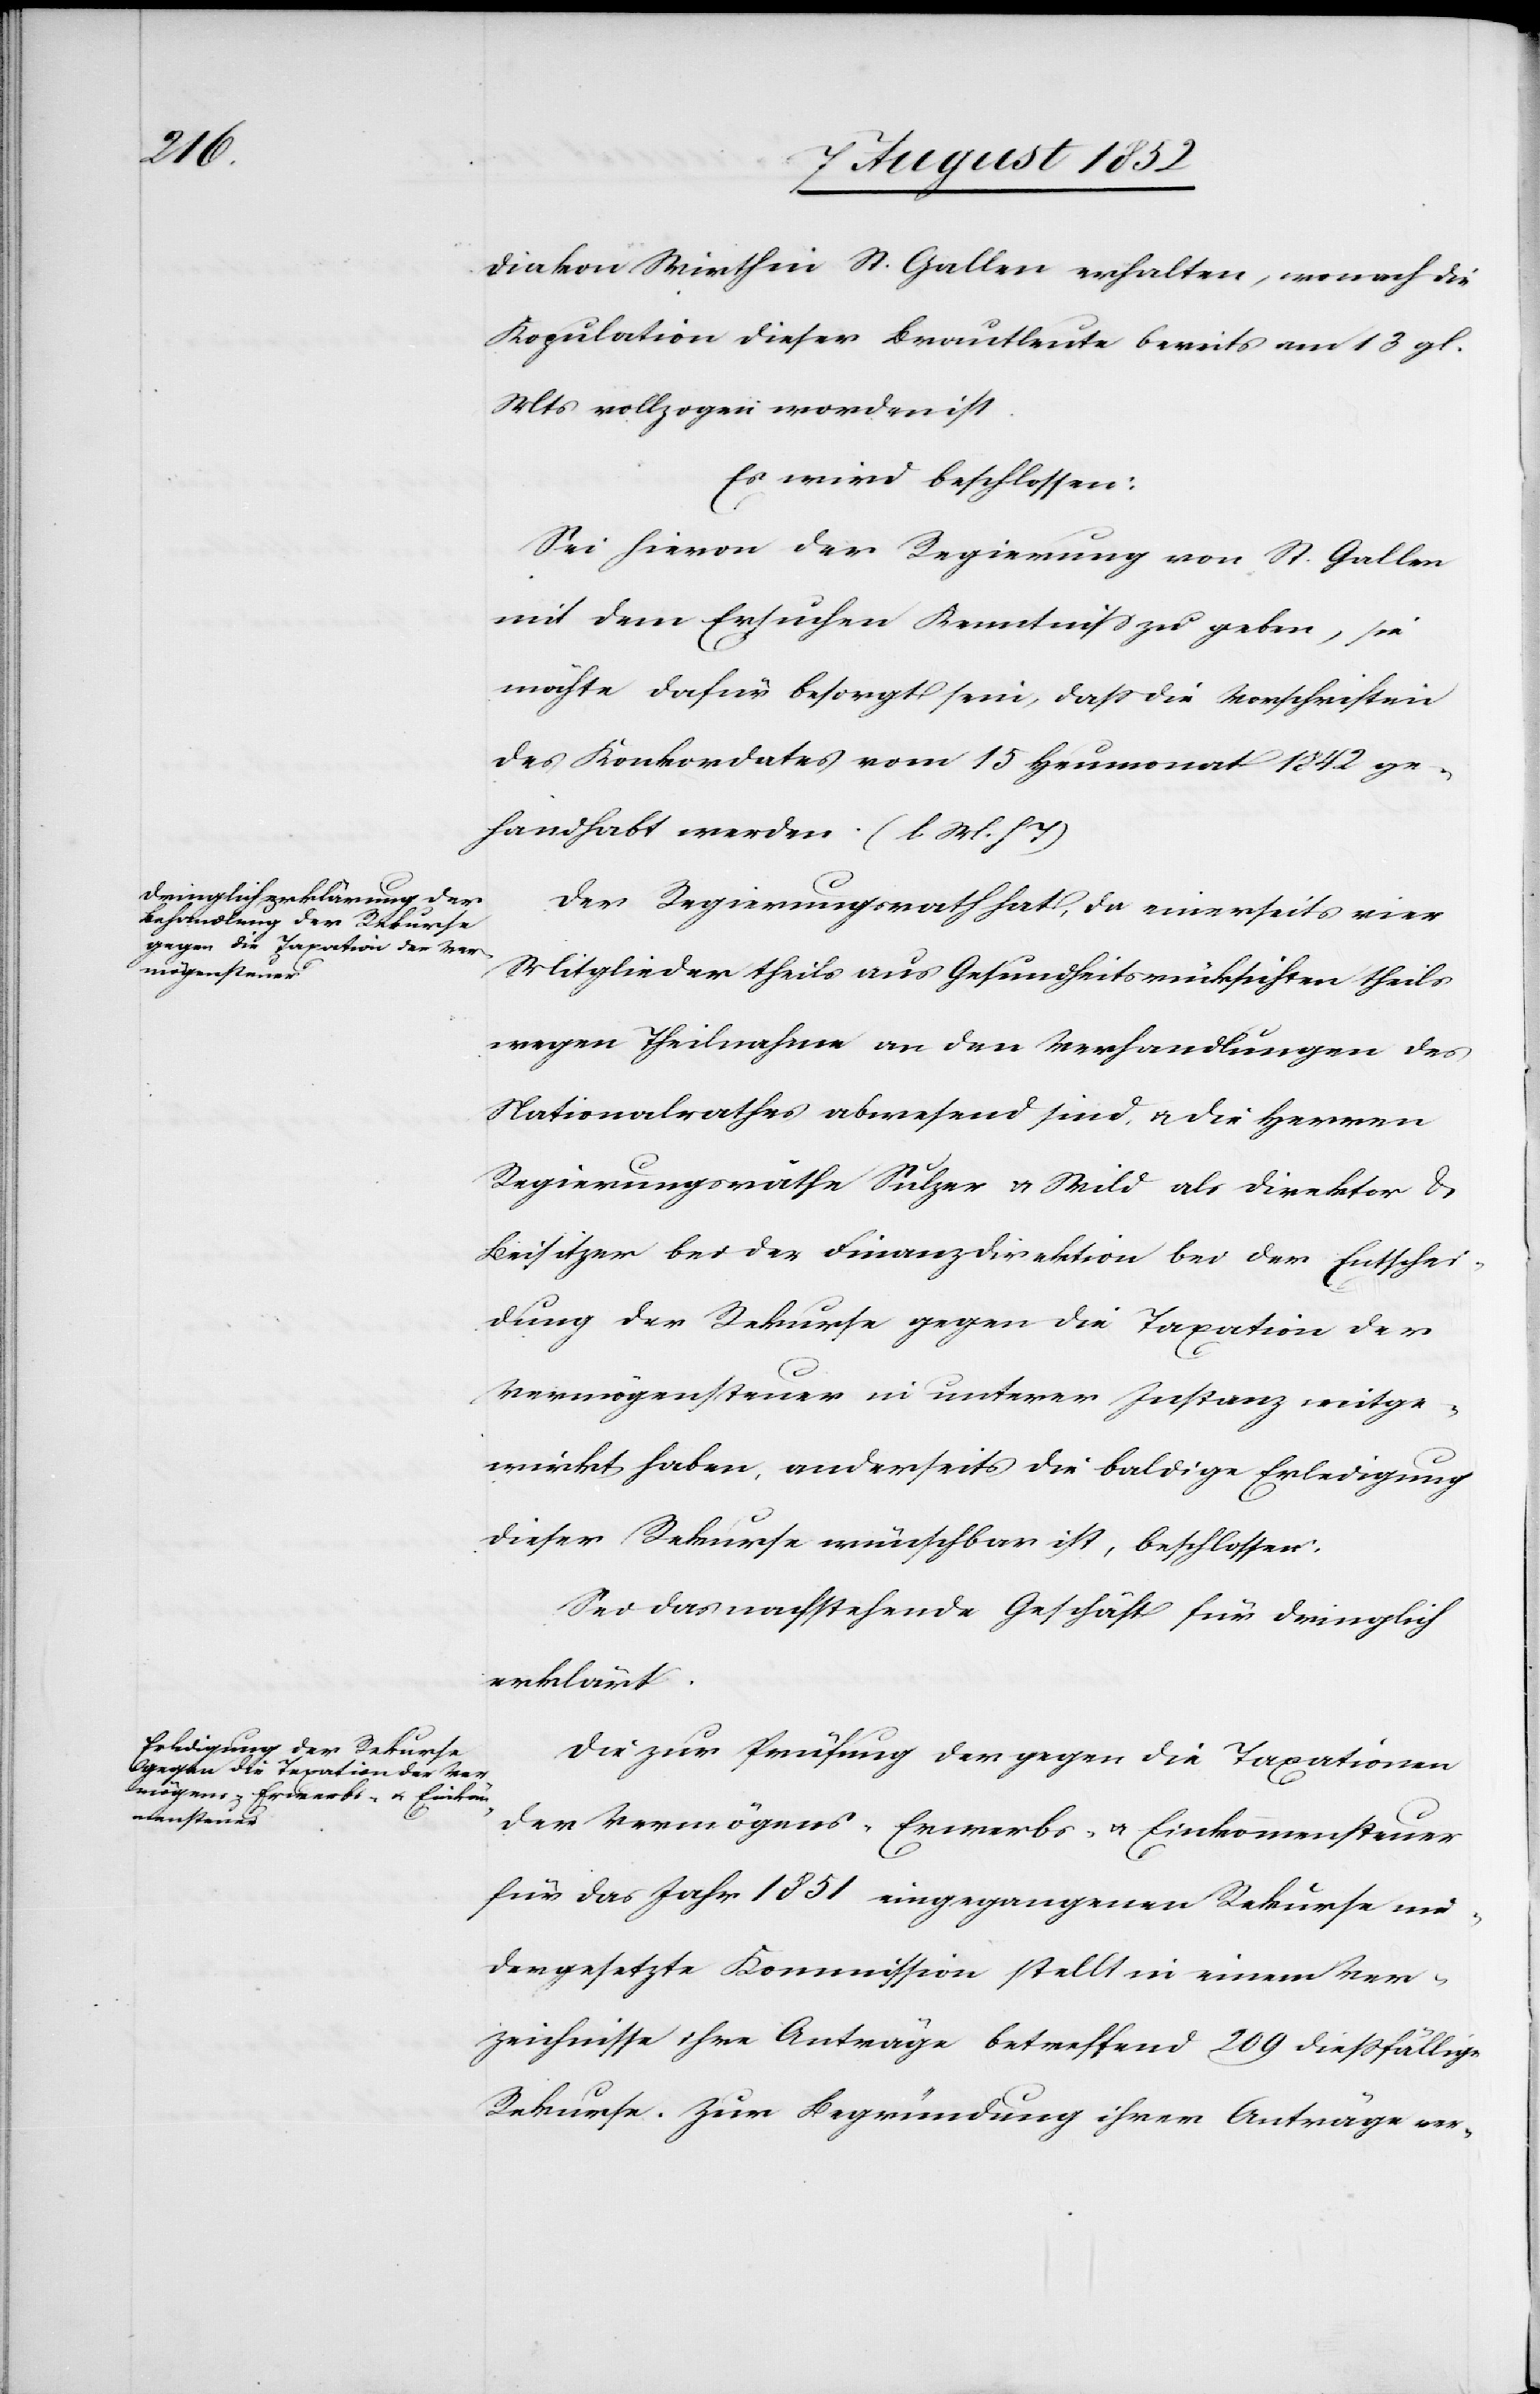
Diakon Wirth in St. Gallen erhalten, wonach die
Kopulation dieser Brautleute bereits am 13 gl.
Mts vollzogen worden ist.
Es wird beschlossen:
Sei hievon der Regierung von St. Gallen
mit dem Ersuchen Kenntniss zu geben, sie
möchte dafür besorgt sein, dass die Vorschriften
des Konkordates vom 15 Heumonat 1842 ge¬
handhabt werden. (l. M. h T)
Der Regierungsrath hat, da einerseits vier
Mitglieder theils aus Gesundheitsrücksichten theils
wegen Theilnahme an den Verhandlungen des
Nationalrathes abwesend sind, & die Herren
Regierungsräthe Sulzer & Wild als Direktor &
Beisitzer bei der Finanzdirektion bei der Entschei¬
dung der Rekurse gegen die Taxation der
Vermögensteuer in unterer Instanz mitge¬
wirkt haben, anderseits die baldige Erledigung
dieser Rekurse wünschbar ist, beschlossen:
Sei das nachstehende Geschäft für dringlich
erklärt.
Die zur Prüfung der gegen die Taxationen
der Vermögens-[,] Erwerbs- & Einkommensteuer
für das Jahr 1851 eingegangenen Rekurse nie¬
dergesetzte Kommission stellt in einem Ver¬
zeichnisse ihre Anträge betreffend 209 diessfällige
Rekurse. Zur Begründung ihrer Anträge ver-